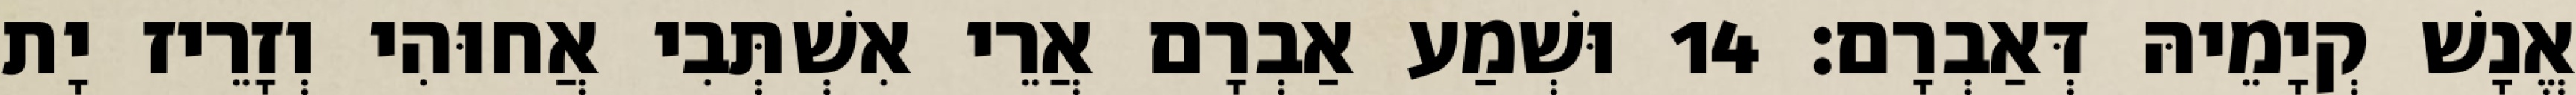
אֱנָשׁ קְיָמֵיהּ דְּאַבְרָם׃ 14 וּשְׁמַע אַבְרָם אֲרֵי אִשְׁתְּבִי אֲחוּהִי וְזָרֵיז יָת